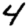
Digit: 4